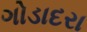
ગોડાદરા